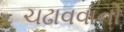
ચઢાવવાનો